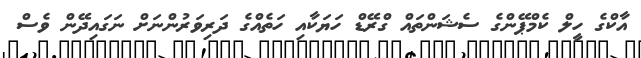
އާކްގެ ހީލް ކެމްޕޭންގެ ސެޝަންތައް ގްރޭޑް ހަޔަކާއި ހަތެއްގެ ދަރިވަރުންނަށް ނަގައިދޭން ވެސް